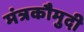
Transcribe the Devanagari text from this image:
मंत्रकौमुदी